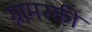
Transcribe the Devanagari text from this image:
ग्रामस्की